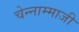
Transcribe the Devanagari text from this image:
चेन्‍नाम्‍माजी